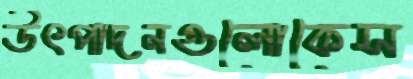
উৎপাদনগুলোকেস